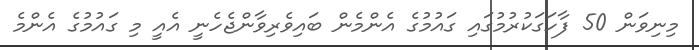
މިނިވަން 50 ފާހަގަކުރުމުގަައި ގައުމުގެ އެންމެން ބައިވެރިވާންޖެހެނީ އެއީ މި ގައުމުގެ އެންމެ